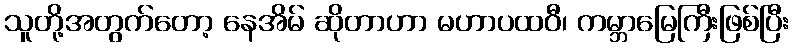
သူတို့အတွက်တော့ နေအိမ် ဆိုတာဟာ မဟာပထဝီ၊ ကမ္ဘာမြေကြီးဖြစ်ပြီး